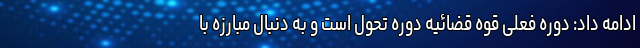
ادامه داد: دوره فعلی قوه قضائیه دوره تحول است و به دنبال مبارزه با